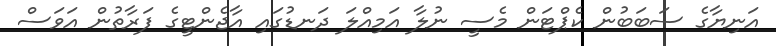
އަނިޔާގެ ސަބަބުން ކެޕްޓަން މެސީ ނުލާ އަމިއްލަ ދަނޑުގައި އާޖެންޓީގެ ފަރާތުން އަވަސް